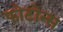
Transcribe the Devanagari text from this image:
फोटोन्स